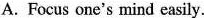
A. Focus one's mind easily.